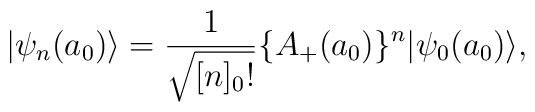
|\psi_n(a_0)\rangle =\frac{1}{\sqrt{[n]_0!}}\{A_+(a_0)\}^n|\psi_0(a_0)\rangle ,